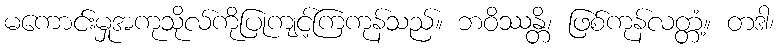
မကောင်းမှုအကုသိုလ်ကိုပြုကျင့်ကြကုန်သည်။ ဘဝိဿန္တိ၊ ဖြစ်ကုန်လတ္တံ့။ တဒါ၊